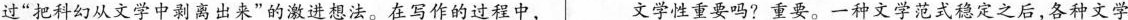
过“把科幻从文学中剥离出来”的激进想法。在写作的过程中，文学性重要吗?重要。一种文学范式定之后，各种